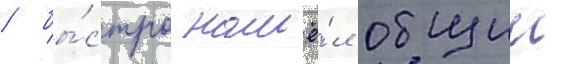
/ бы́стро нашё́л общии